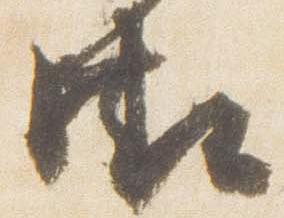
御